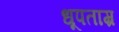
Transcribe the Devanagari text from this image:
धूपताम्र